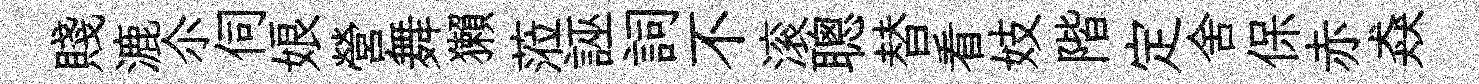
賤漉尒伺娘營舞獺蒞誣詞不滚聰替看妓階定舍保赤猋